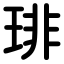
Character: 琲